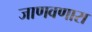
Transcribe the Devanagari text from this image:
जाणवणारा